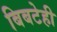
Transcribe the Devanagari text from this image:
बिबटेही